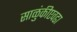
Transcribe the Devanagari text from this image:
साळुंकीएवढा